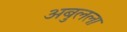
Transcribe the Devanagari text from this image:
अबुलला